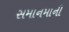
સમાનમાની